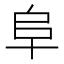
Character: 阜